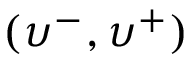
( \upsilon ^ { - } , \upsilon ^ { + } )